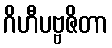
ဂိဟီပဗ္ဗဇိတာ